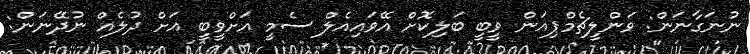
ނުނަގާނަން: ވަންލީޗެމްޕިއަން ވީބީ ބަލިކޮށް އޭވައިއެލް ސެމީ އަށްވީބީ އަށް ދުލެއް ނުދޭނަން: